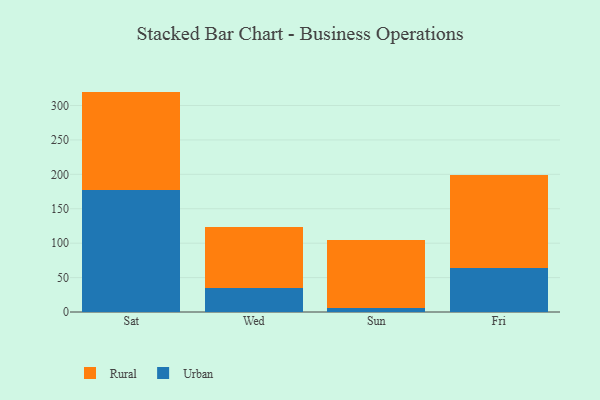
{"axis": {"x": "Day", "y": "Page Views"}, "legend": ["Rural", "Urban"], "data": [{"x": "Sat", "y": 177.5, "type": "Urban"}, {"x": "Sat", "y": 142.7, "type": "Rural"}, {"x": "Wed", "y": 34.4, "type": "Urban"}, {"x": "Wed", "y": 88.5, "type": "Rural"}, {"x": "Sun", "y": 5.9, "type": "Urban"}, {"x": "Sun", "y": 98.8, "type": "Rural"}, {"x": "Fri", "y": 64.1, "type": "Urban"}, {"x": "Fri", "y": 135.0, "type": "Rural"}]}